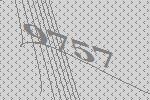
9757